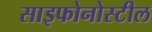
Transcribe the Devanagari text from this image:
साइफोनोस्टील